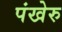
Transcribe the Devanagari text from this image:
पंखेरु